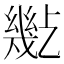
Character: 𢇒